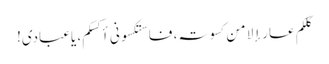
کلکم عار إلا من کسوتہ، فاستکسونی أکسکم، یاعبادی!